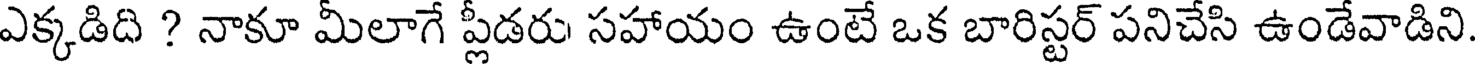
ఎక్కడిది ? నాకూ మీలాగే ప్లీడరు సహాయం ఉంటే ఒక బారిస్టర్ పనిచేసి ఉండేవాడిని